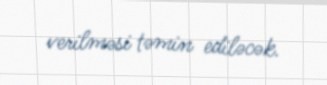
verilməsi təmin ediləcək.